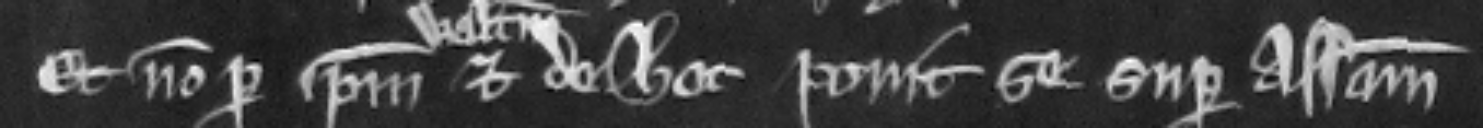
et non per ipsum Walterum. Et de hoc ponit se super assisam.